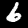
Label: 6